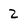
Character: 2